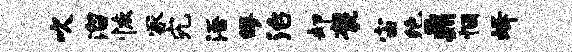
吹溜恢冢究浯缪治却褒宙绝鼎悃蜂